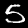
Label: 5